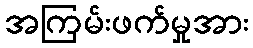
အကြမ်းဖက်မှုအား